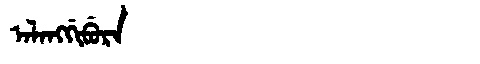
Manchu: ᠠᠯᠠᠩᡤᡳᠪᡠᡵᠠ
Romanization: ALANGGIBURA